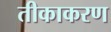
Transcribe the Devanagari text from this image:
तीकाकरण